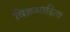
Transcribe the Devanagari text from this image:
बिक्रमादित्य